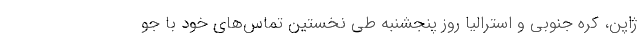
ژاپن، کره جنوبی و استرالیا روز پنجشنبه طی نخستین تماس‌های خود با جو